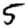
Digit: 5